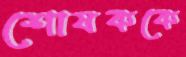
শোষককে